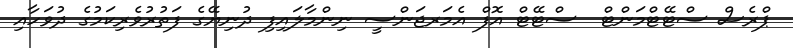
ޕްރެސް ސްޓޭޓްމަންޓް  ސްޓޭޓް އޮފް އެމަރޖަންސީ ނިންމާލައިފި ދުނިޔޭގެ ފަތުރުވެރިކަމުގެ ދުވަހާއި